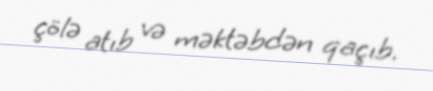
çölə atıb və məktəbdən qaçıb.